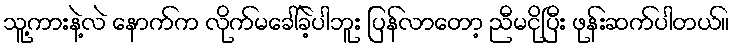
သူ့ကားနဲ့လဲ နောက်က လိုက်မခေါ်ခဲ့ပါဘူး ပြန်လာတော့ ညီမငိုပြီး ဖုန်းဆက်ပါတယ်။